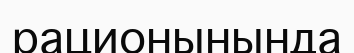
рационынында